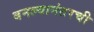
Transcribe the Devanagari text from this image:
बनल्यानंतरची